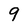
Character: 9